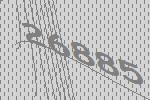
26885